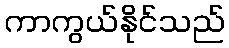
ကာကွယ်နိုင်သည်